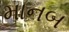
માનબ